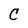
Character: C